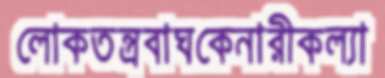
লোকতন্ত্রবাঘকেনারীকল্যা